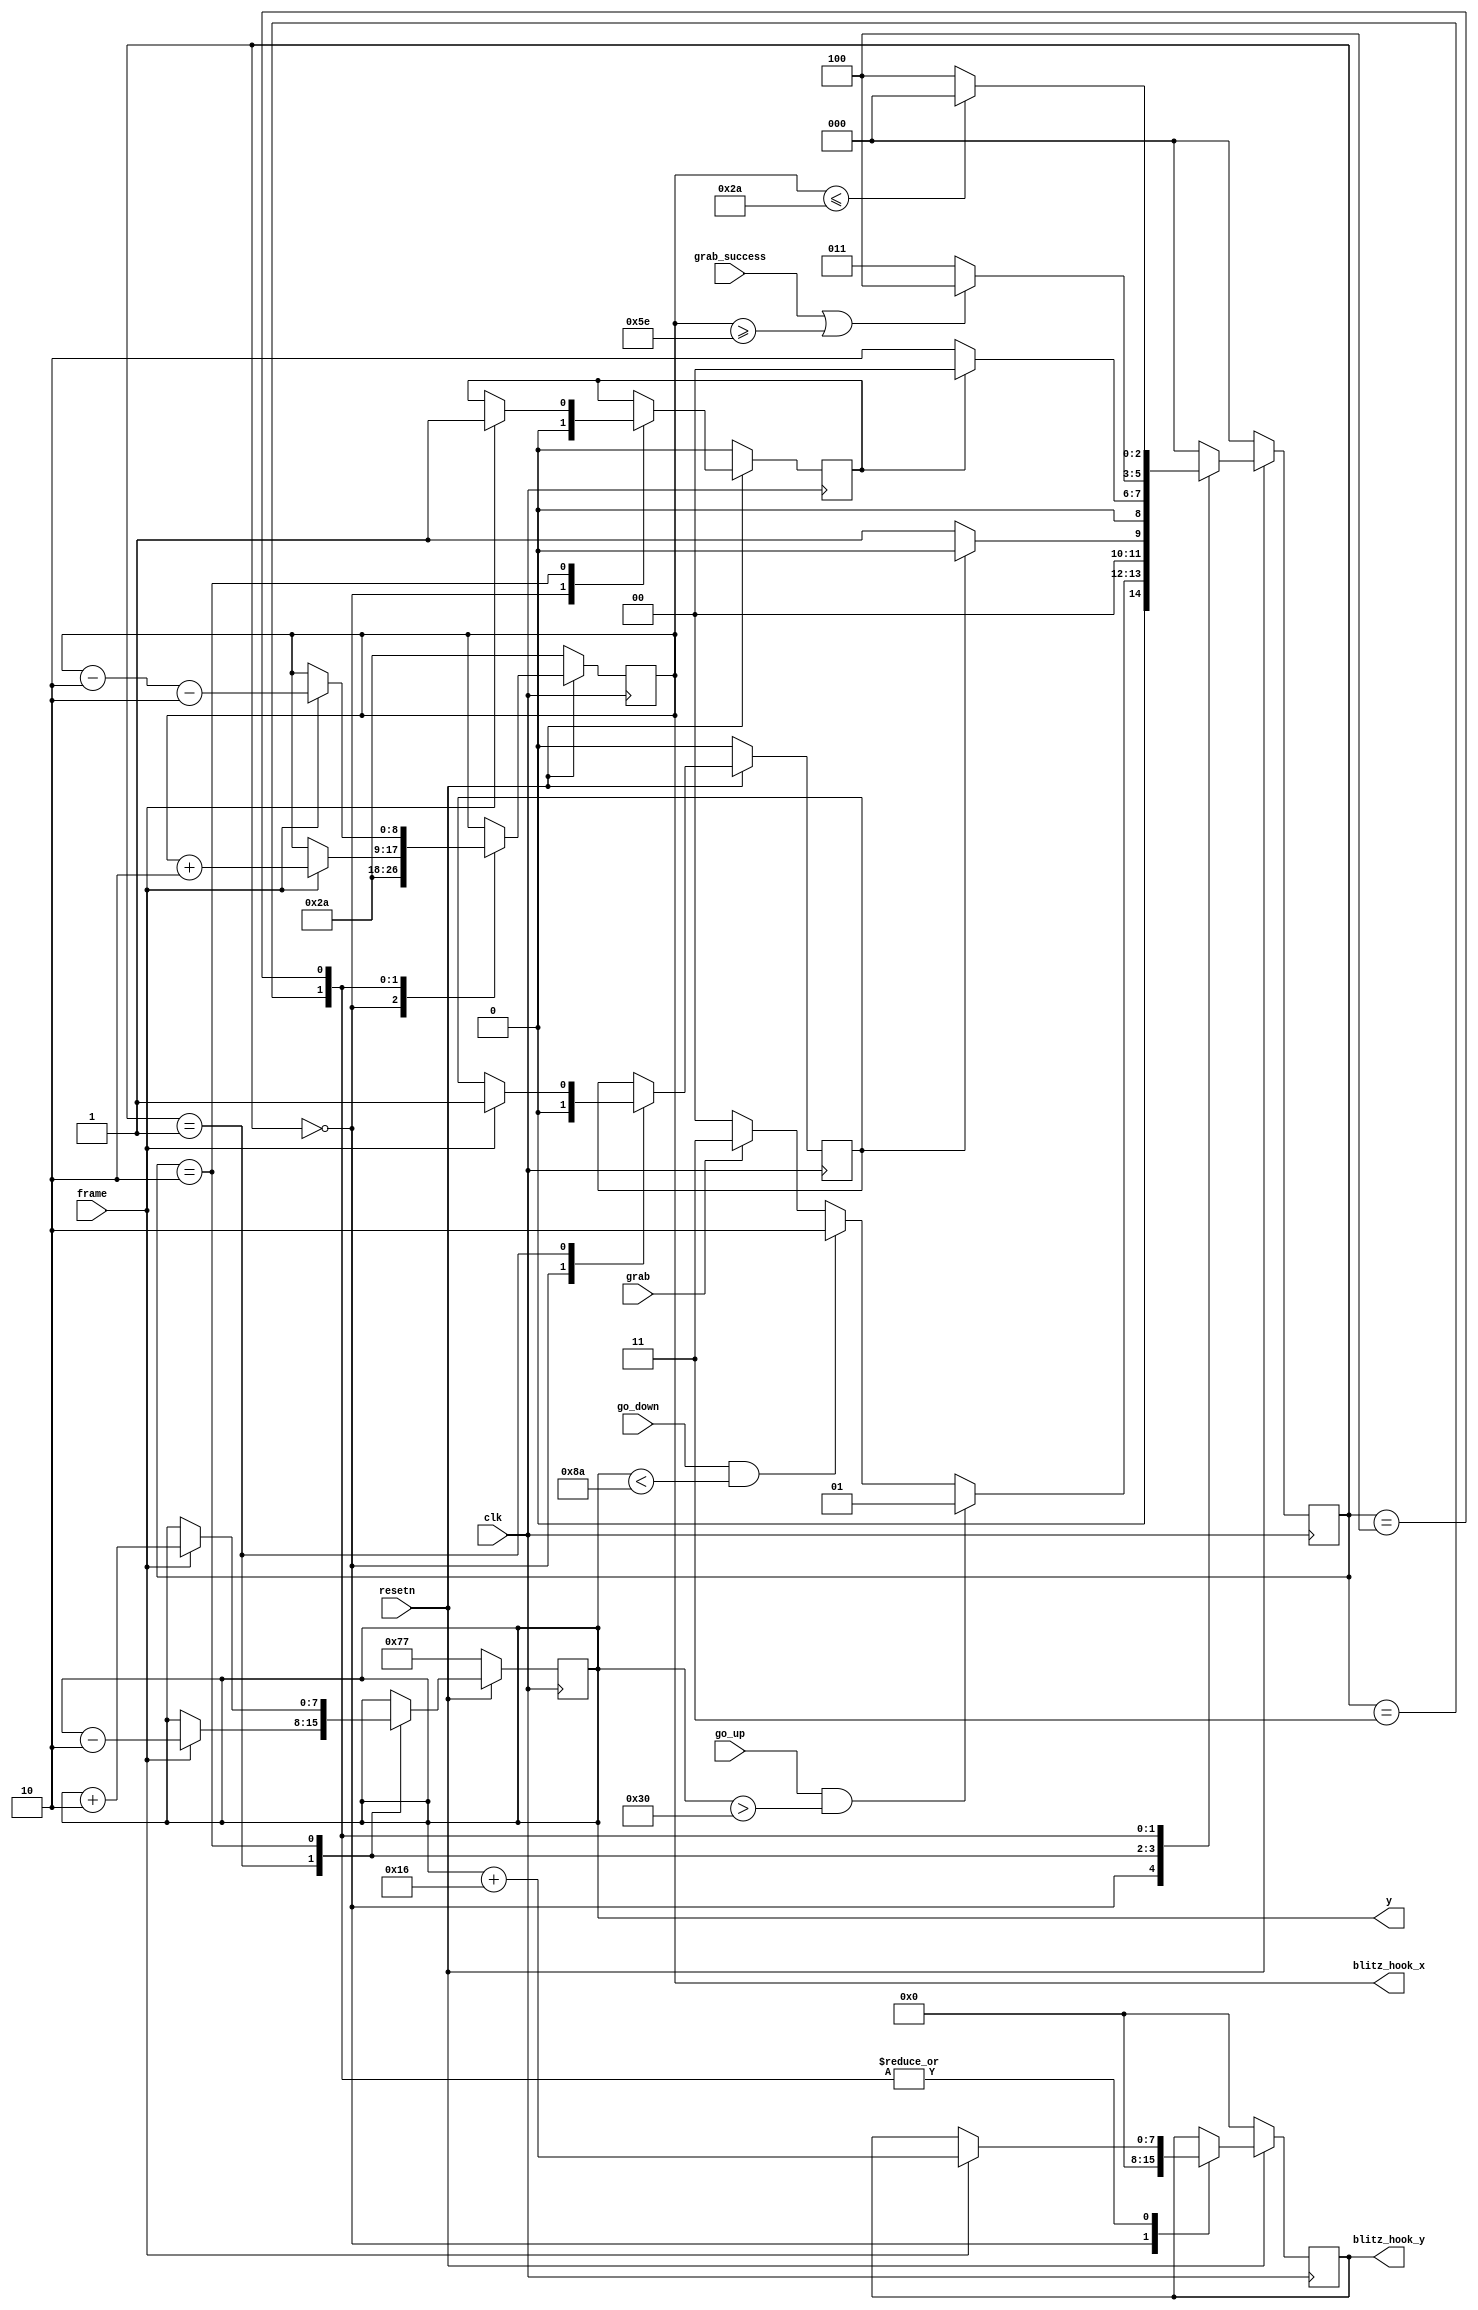
module blitz_pos (
	input go_up,
	input go_down,
	input clk,
	input frame,
	input resetn,
	input grab,
	input grab_success,
	output reg [8:0] blitz_hook_x,
	output reg [7:0] blitz_hook_y,
	output reg [7:0] y
	// output reg writeEn
	);
	
	localparam S_SATIONARY =3'd0,
			   S_MOVE_UP   =3'd1,
			   S_MOVE_DOWN =3'd2,
			   S_HOOK_EXTENTION  = 3'd3,
			   S_HOOK_RETRACTION = 3'd4;
			   
	localparam MAX_EXTENSION = 7'd94,
			   MIN_EXTENSION = 7'd42,
			   grabV = 9'd2;
	
	reg [2:0] current_state, next_state;
	reg up_done, down_done;
		
	// next state logic
	always @(*) begin
		case(current_state)
			S_SATIONARY: next_state = (go_up&&(y>8'd48)) ? S_MOVE_UP : ((go_down&&(y<8'd138)) ? S_MOVE_DOWN : (grab ? S_HOOK_EXTENTION : S_SATIONARY));
			S_MOVE_UP: next_state = up_done ? S_SATIONARY : S_MOVE_UP;
			S_MOVE_DOWN : next_state = down_done ? S_SATIONARY : S_MOVE_DOWN;
			S_HOOK_EXTENTION : next_state = (grab_success||(blitz_hook_x >= MAX_EXTENSION)) ? S_HOOK_RETRACTION : S_HOOK_EXTENTION;
			S_HOOK_RETRACTION : next_state = (blitz_hook_x <= MIN_EXTENSION) ? S_SATIONARY : S_HOOK_RETRACTION;
			default: next_state = S_SATIONARY;
		endcase
	end
	
	
	//enable signals
	always@ (posedge clk) begin
		if (!resetn) begin
			y <= 8'd120 - 8'b1;
			up_done <= 0;
			down_done <= 0;
			blitz_hook_x <= 9'd42;
			blitz_hook_y <= 0; //8'd130 - 8'b1;
		end 
		else begin
			case(current_state)
				S_SATIONARY: begin 
					up_done <= 0;
					down_done <= 0;
					blitz_hook_x <= 9'd42;
					blitz_hook_y <= 0;
				end
				S_MOVE_UP: if(frame) begin
					y <= y - 8'd2;
					up_done <= 1;
				end 
				S_MOVE_DOWN: if(frame) begin 
					y <= y + 8'd2;
					down_done <= 1;
				end
				S_HOOK_EXTENTION: if(frame) begin
					blitz_hook_x <= blitz_hook_x + grabV;
					blitz_hook_y <= y + 8'd22;
				end
				S_HOOK_RETRACTION: if(frame) begin
					blitz_hook_x <= blitz_hook_x - grabV - grabV;
					blitz_hook_y <= y + 8'd22;
				end
			endcase
		
		end 
		
	end 
	
	// current_state registers
    always@(posedge clk)
    begin
        if(!resetn)
            current_state <= S_SATIONARY;
        else
            current_state <= next_state;
    end 
	
endmodule